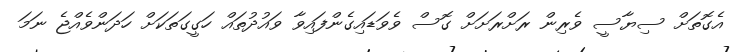
އެގޮތަށް ސިޔާސީ ވެރިން ރަށްރަށަށް ގޮސް ވެވަޑައިގެންފައިވާ ވައުދުތައް ހަގީގަތަކަށް ހަދަންވެއްޖެ ނަމަ